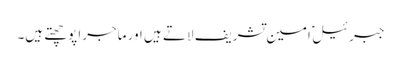
جبرئیل ؑ امین تشریف لاتے ہیں اور ماجرا پوچھتے ہیں۔